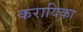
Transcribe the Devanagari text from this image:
करायिका